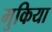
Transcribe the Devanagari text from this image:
मुकिया